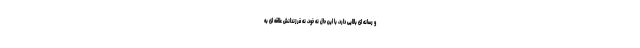
و رسانه ای بالایی دارد، با این حال نه خود، نه فرزندانش علاقه ای به